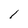
Character: l